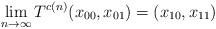
LaTeX: \begin{align*}\lim_{n\to\infty} T^{c(n)}(x_{00}, x_{01})=(x_{10}, x_{11})\end{align*}